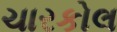
ચારકોલ